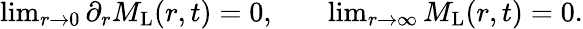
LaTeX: \begin{array}{rlr}{\operatorname*{lim}_{r\rightarrow 0}\partial_{r}M_{\mathrm{L}}(r,t)=0,}&{{}}&{\operatorname*{lim}_{r\rightarrow\infty}M_{\mathrm{L}}(r,t)=0.}\end{array}